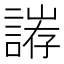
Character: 𮘥